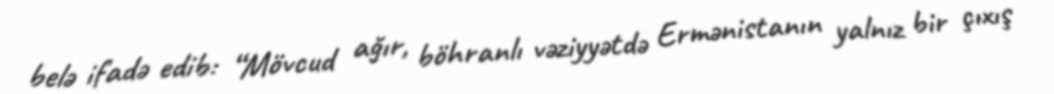
belə ifadə edib: “Mövcud ağır, böhranlı vəziyyətdə Ermənistanın yalnız bir çıxış